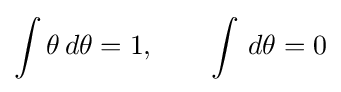
\int \theta \,d\theta =1,\qquad \int \,d\theta =0